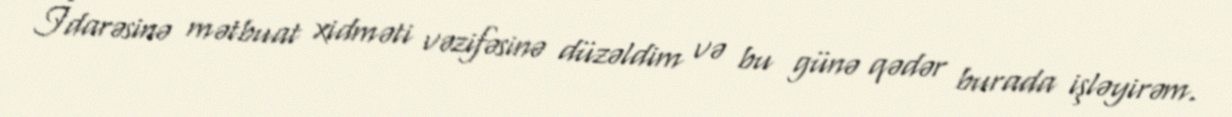
İdarəsinə mətbuat xidməti vəzifəsinə düzəldim və bu günə qədər burada işləyirəm.